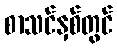
စာသင်နှစ်တွင်